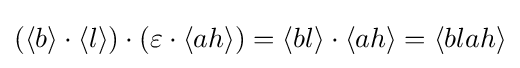
(\langle b\rangle \cdot \langle l\rangle )\cdot (\varepsilon \cdot \langle ah\rangle )=\langle bl\rangle \cdot \langle ah\rangle =\langle blah\rangle